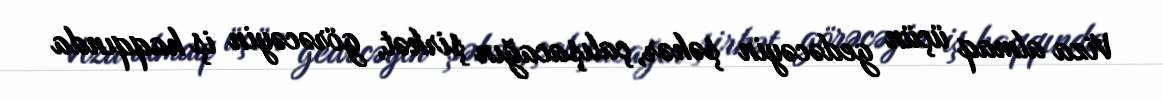
Viza almaq üçün gedəcəyin şəhər, çalışacağın şirkət, görəcəyin iş haqqında